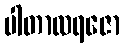
ပါတာလရဇော